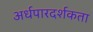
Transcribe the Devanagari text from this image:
अर्धपारदर्शकता